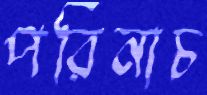
পরিনাচ